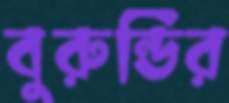
বুরুন্ডির